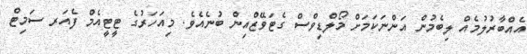
އެއްބާރުލުމެއް ލިބެމުން އަންނަކަމަށް މޯލްޑިވްސް ގެޓަވޭޒްއިން ބުނެއެވެ. މިއަހަރުގެ ޓީޓީއެމް ފެއަރ ސަމިޓް